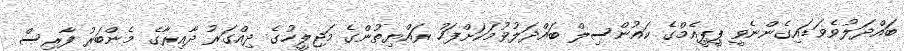
ބައްދަލުވެވަޑައިގެންނެވީ ޕީޕީއެމްގެ ކައުންސިލް ބައްދަލުވުމަކަށްފަހު ރައްޔިތުންގެ މަޖިލީހުގެ ދިއްގަރު ދާއިރާގެ މެންބަރު ފާރިސް